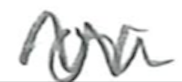
Text: on
Cross-out: zig-zag
Writing tool: pencil